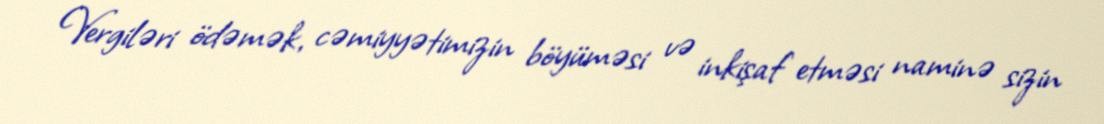
Vergiləri ödəmək, cəmiyyətimizin böyüməsi və inkişaf etməsi naminə sizin